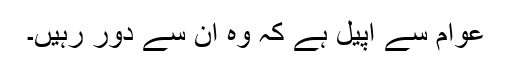
عوام سے اپیل ہے کہ وہ اِن سے دور رہیں۔